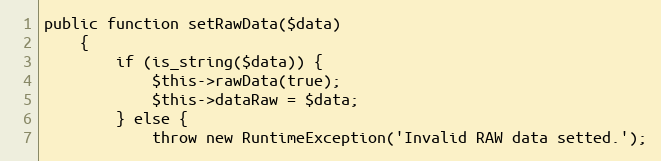
Language: PHP
public function setRawData($data)
	{
		if (is_string($data)) {
			$this->rawData(true);
			$this->dataRaw = $data;
		} else {
			throw new RuntimeException('Invalid RAW data setted.');